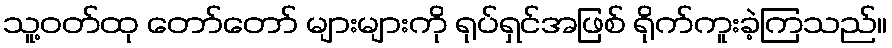
သူ့ဝတ်ထု တော်တော် များများကို ရုပ်ရှင်အဖြစ် ရိုက်ကူးခဲ့ကြသည်။